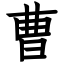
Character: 曹